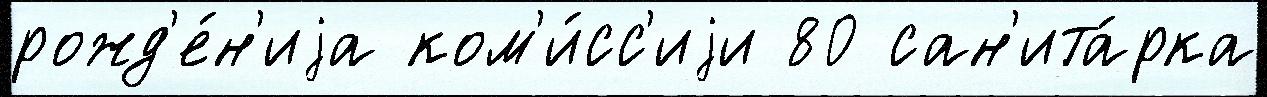
рожд'е́н'иjа ком'и́сс'иjи 80 сан'ита́рка